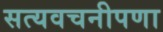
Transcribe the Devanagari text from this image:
सत्यवचनीपणा